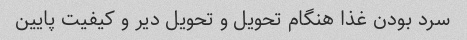
سرد بودن غذا هنگام تحویل و تحویل دیر و کیفیت پایین